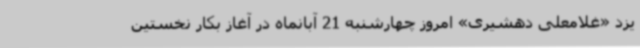
یزد «غلامعلی دهشیری» امروز چهارشنبه 21 آبانماه در آغاز بکار نخستین